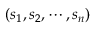
( s _ { 1 } , s _ { 2 } , \cdots , s _ { n } )